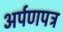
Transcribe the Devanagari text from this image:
अर्पणपत्र